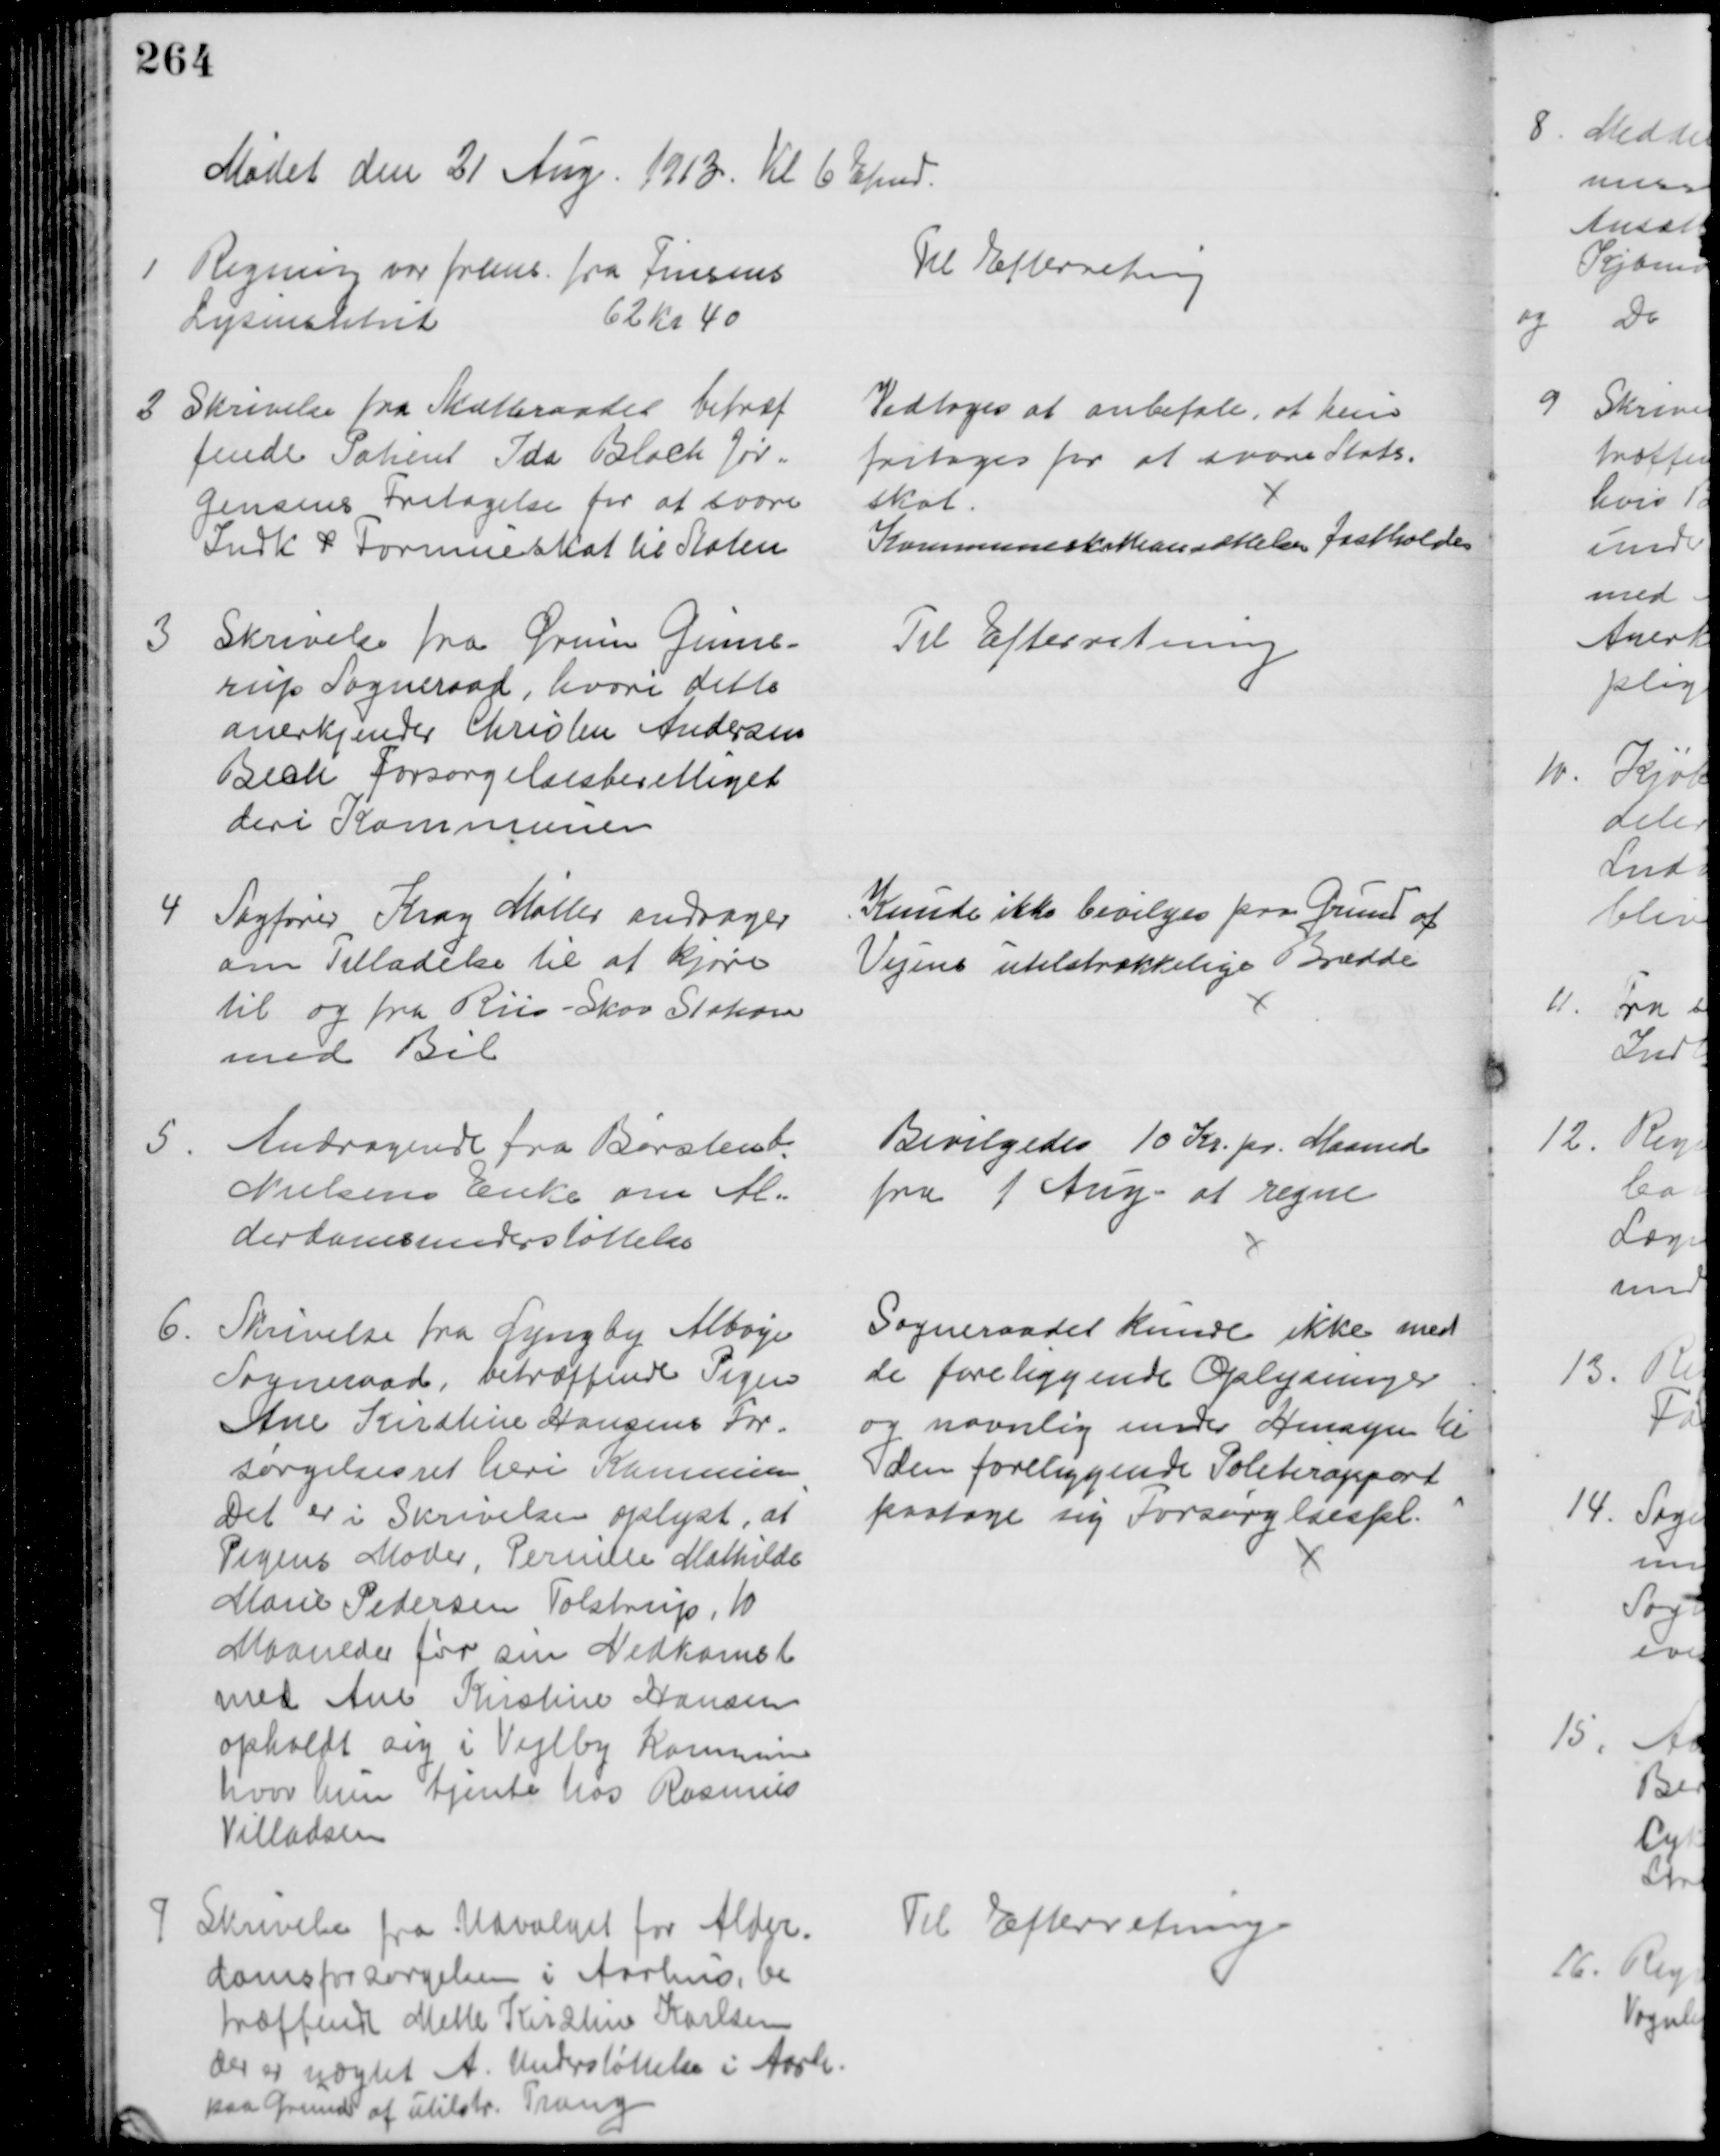
Transskription:
Mødet den 21 Aug. 1913. Kl 6 Efmd.
1
Regning var frems. fra Finsens
Lysinstitut
62 kr 40
Til Efterretning
2 Skrivelse fra Skatteraadet betræf
fende Patient Ida Bloch Jør-
gensens Fritagelse for at svare
Indk. & Formueskat til Staten
Vedtoges at anbefale, at hun 
fritages for at svare Stats-
skat.
Kommuneskatteansættelsen fastholdes
3
Skrivelse fra Ørum Ginne-
rup Sogneraad, hvori dette
anerkjender Christen Andersen
Bech Forsørgelsesberettiget
deri Kommunen
Til Efterretning
4
Sagfører Krag Møller andrager
om Tilladelse til at kjøre
til og fra Riis-Skov Station
med Bil
Kunde ikke bevilges paa Grund af
Vejens utilstrækkelige Bredde
5
Andragende fra Børstenb.
Nielsens Enke om Al-
derdomsunderstøttelse
Bevilgedes 10 Kr. pr. Maaned
fra 1 Aug. at regne
6.
Skrivelse fra Lyngby Albøge
Sogneraad, betræffende Pigen
Ane Kirstine Hansens For=
sørgelsesret heri Kommunen
Det er i Skrivelsen oplyst, at
Pigens Moder, Pernille Mathilde
Marie Pedersen Tolstrup, 10
Maaneder før sin Nedkomst
med Ane Kirstine Hansen
opholdt sig i Vejlby Kommune
hvor hun tjente hos Rasmus
Villadsen
Sogneraadet kunde ikke med
de foreliggende Oplysninger
og navnlig under Hensyn til 
den foreliggende Politirapport
paatage sig Forsørgelsespl.
7
Skrivelse fra Udvalget for Alder=
domsforsørgelsen i Aarhus, be
træffende Mette Kirtine Karlsen
der er nægtet A. Understøttelse i Aarh.
paa Grund af utilstr. Trang
Til Efterretning